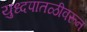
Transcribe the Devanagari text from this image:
युध्दपातळीवरून